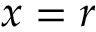
x = r